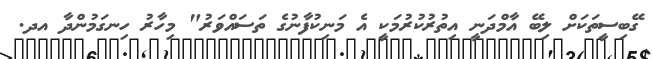
ގޭބިސީތަކަށް ލިބޭ އާމްދަނީ އިތުރުކުރުމަކީ އެ މަނިކުފާނުގެ ތަސައްވަރު" މިހާރު ހިނގަމުންދާ އދ.